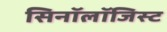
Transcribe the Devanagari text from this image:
सिनॉलॉजिस्ट